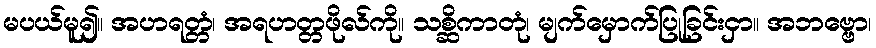
မပယ်မူ၍။ အဟရတ္တံ၊ အရဟတ္တဖိုလ်ကို။ သစ္ဆိကာတုံ၊ မျက်မှောက်ပြုခြင်းငှာ။ အဘဗ္ဗော၊